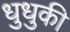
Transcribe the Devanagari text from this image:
धुधुकी